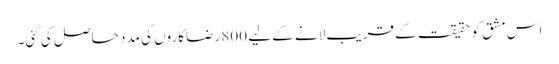
اس مشق کو حقیقت کے قریب لانے کے لیے 800 رضاکاروں کی مدد حاصل کی گئی۔